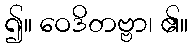
၍။ ဝေဒိတဗ္ဗာ၊ ၏။